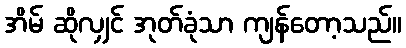
အိမ် ဆိုလျှင် အုတ်ခုံသာ ကျန်တော့သည်။